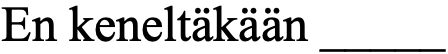
En keneltäkään _____